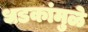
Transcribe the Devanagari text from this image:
धडकांमुळे